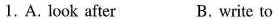
1.A. look after B.write to